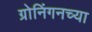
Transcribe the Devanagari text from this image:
ग्रोनिंगनच्या